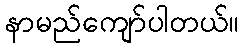
နာမည်ကျော်ပါတယ်။